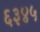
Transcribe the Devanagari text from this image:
६३४५